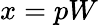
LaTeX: x=pW